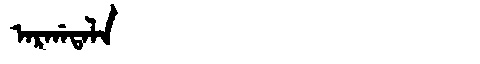
Manchu: ᠠᡵᡤᠠᡨᠠᠯᠠ
Romanization: ARGATALA